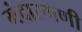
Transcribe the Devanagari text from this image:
मंदारमणी